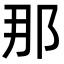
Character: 那